Insane asylums in Bengal annual reports 1876-1887 - 1876-1887
Year: 1876
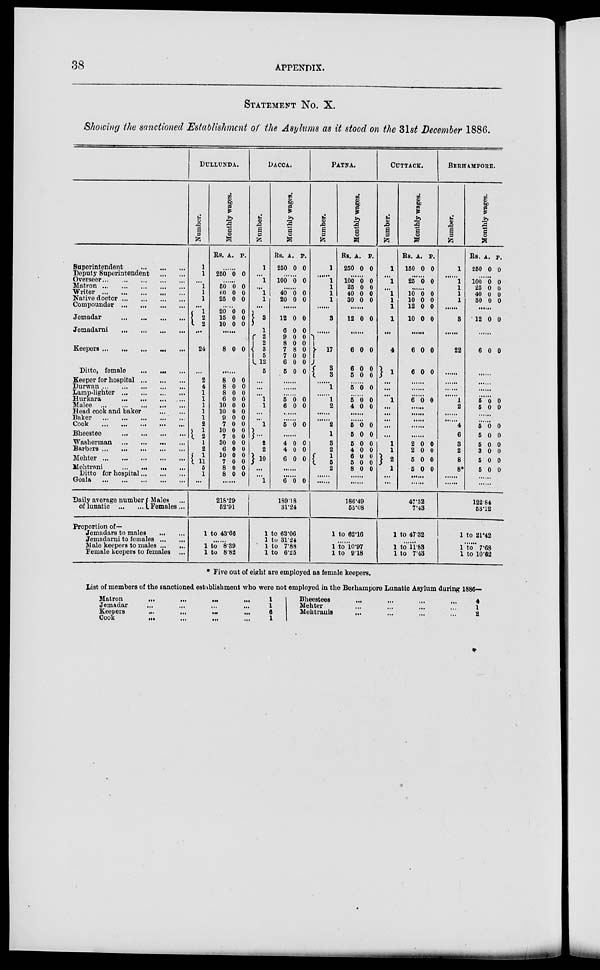
38
APPENDIX.
STATEMENT NO. X.
Showing the sanctioned Establishment of the Asylums as it stood on the 31st December 1886.
Superintendent
...
...
...
Deputy Superintendent
...
...
Overseer
...
...
...
...
Matron ... ... ... ... ...
Writer ... ... ... ... ...
Native doctor ... ... ... ...
Compounder ... ... ... ...
Jemadar
...
...
...
...
Jemadarni
...
...
...
...
Keepers ... ... ... ... ...
Ditto, female
...
...
...
Keeper for hospital ... ... ...
Durwan ... ... ... ... ...
Lamp-lighter ... ... ... ...
Hurkara ... ... ... ...
Malee
...
...
...
...
...
Head cook and baker
...
...
Baker ... ... ... ... ...
Cook
...
...
...
...
...
Bheestee ... ... ... ... ...
Washerman ... ... ... ... ...
Barbers ... ... ... ... ...
Mehter ... ... ... ... ...
Mehtrani ... ... ... ... ...
Ditto for hospital ... ... ...
Goala
...
...
...
...
...
DULLUNDA.
Number.
1
1
...
1
1
1
...
1
2
2
...
24
...
2
4
1
1
1
1
1
2
1
2
1
2
1
11
5
1
...
Monthly
wages.
Rs. A. P.
......
250 0 0
......
50
60
25
0
0
0
0
0
0
......
20
15
10
0
0
0
0
0
0
......
8 0 0
......
8
8
8
6
10
10
9
7
10
7
30
6
10
7
8
8
0
0
0
0
0
0
0
0
0
0
0
0
0
0
0
0
0
0
0
0
0
0
0
0
0
0
0
0
0
0
0
0
......
DACCA.
Number.
1
...
1
...
1
1
...
3
1
2
2
3
5
12
5
...
...
...
1
1
...
...
1
...
2
2
10
...
...
1
Monthly wages.
Rs.
250
A.
0
P.
0
......
100 0 0
......
40
20
0
0
0
0
......
12
6
9
8
7
7
6
5
0
0
0
0
8
0
0
0
0
0
0
0
0 0 0
0
......
......
......
5
6
0
0
0
0
......
......
5 0 0
......
4
4
6
0
0
0
0
0
0
......
......
6 0 0
PATNA.
Number.
1
......
1
1
1
1
......
3
......
17
3
3
......
1
......
1
2
......
......
2
1
3
2
1
5
2
......
......
Monthly
wages.
Rs.
250
A.
0
P.
0
......
100
25
40
30
0
0
0
0
0
0
0
0
......
12 0 0
......
6
6
5
0
0
0
0
0
0
......
5 0 0
......
5
4
0
0
0
0
......
......
5
5
5
4
6
5
8
0
0
0
0
0
0
0
0
0
0
0
0
0
0
......
......
CUTTACK.
Number.
1
...
1
...
1
1
1
1
...
4
1
...
...
...
1
...
...
...
...
...
1
1
2
1
...
...
Monthly
wages.
Rs.
150
A.
0
P.
0
......
25 0 0
......
10
10
12
10
0
0
0
0
0
0
0
0
......
6
6
0
0
0
0
......
......
......
6 0 0
......
......
......
......
......
2
2
5
5
0
0
0
0
0
0
0
0
......
......
BERHAMPORE.
Number.
1
......
1
1
1
1
......
3
......
22
......
......
......
......
1
2
......
......
4
6
3
2
8
8*
......
......
Monthly
wages.
Rs.
250
A.
0
P.
0
......
100
25
40
30
0
0
0
0
0
0
0
0
......
12 0 0
......
6 0 0
......
......
......
......
5
5
0
0
0
0
......
......
5
5
5
3
5
5
0
0
0
0
0
0
0
0
0
0
0
0
......
......
Daily average number
of lunatic
...
...
Males ...
Females ...
Proportion of—
Jemadars to males
...
...
Jemadarni to females ... ...
Male keepers to males ... ...
Female keepers to females ...
218.29
52.91
1 to 43.66
......
1 to 8.39
1 to 8.82
189.18
31.24
1 to 63.06
1 to 31.24
1 to 7.88
1 to 6.25
186.49
55.08
1 to 62.16
......
1 to 10.97
1 to 9.18
47.32
7.43
1 to 47.32
......
1 to 11.83
1 to 7.43
122.84
53.12
1 to 21.42
......
1 to 7.68
1 to 10.62
* Five out of eight are employed as female keepers.
List of members of the sanctioned establishment who were not employed in the Berhampore Lunatic Asylum during 1886—
Matron
... ... ... ...
Jemadar ... ... ... ...
Keepers
...
...
...
...
Cook
...
...
...
...
1
1
6
1
Bheestees ... ... ... ...
Mehter ... ... ... ...
Mehtranis ... ... ... ...
4
1
2